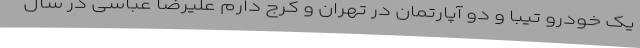
یک خودرو تیبا و دو آپارتمان در تهران و کرج دارم علیرضا عباسی در سال